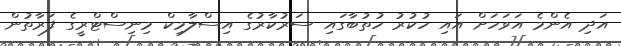
އަދި އެންމެ އަވަހަށް އައި ހުކުރު ހުތުބާގައި ސަރުކާރުގެ އިސްލާމިކް މިނިސްޓްރީގެ ފަރާތުން